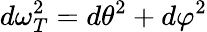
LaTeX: d\omega_{T}^{2}=d\theta^{2}+d\varphi^{2}